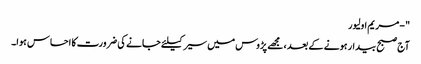
" - مریم اولیور
آج صبح بیدار ہونے کے بعد ، مجھے پڑوس میں سیر کیلئے جانے کی ضرورت کا احساس ہوا۔